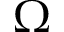
\Omega